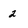
Character: 2